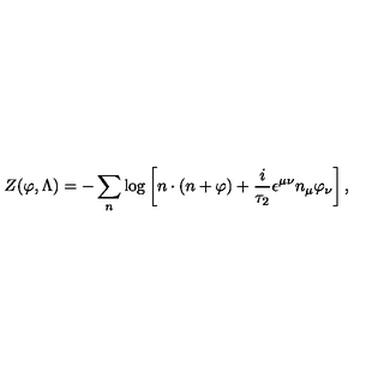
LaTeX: Z ( \varphi , \Lambda ) = - \sum _ { n } \log \left[ n \cdot ( n + \varphi ) + \frac { i } { \tau _ { 2 } } \epsilon ^ { \mu \nu } n _ { \mu } \varphi _ { \nu } \right] ,